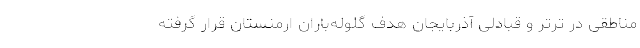
مناطقی در ترتر و قبادلی آذربایجان هدف گلوله‌باران ارمنستان قرار گرفته